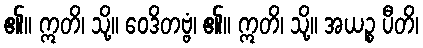
၏။ ဣတိ၊ သို့။ ဝေဒိတဗ္ဗံ၊ ၏။ ဣတိ၊ သို့။ အယဉ္စ ပီတိ၊